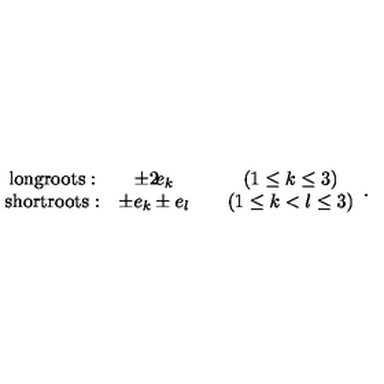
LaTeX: \begin{array} { c c c c } { \mathrm { l o n g r o o t s : } } & { \pm 2 \! e _ { k } } & { } & { ( 1 \leq k \leq 3 ) } \\ { \mathrm { s h o r t r o o t s : } } & { \pm e _ { k } \pm e _ { l } } & { } & { ( 1 \leq k < l \leq 3 ) } \\ \end{array} .